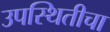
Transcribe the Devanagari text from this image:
उपस्थितीचा